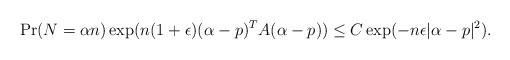
LaTeX: \begin{align*} \Pr(N = \alpha n) \exp(n (1 + \epsilon)(\alpha - p)^T A (\alpha-p)) \le C \exp(-n\epsilon |\alpha - p|^2). \end{align*}